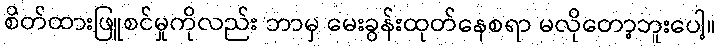
စိတ်ထားဖြူစင်မှုကိုလည်း ဘာမှ မေးခွန်းထုတ်နေစရာ မလိုတော့ဘူးပေါ့။